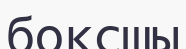
боксшы